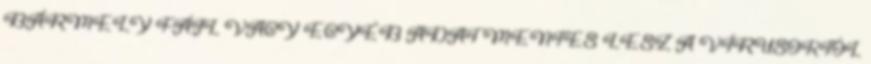
BÁRMELY FÁJL VAGY EGYÉB ADAT MENTES LESZ A VÍRUSOKTÓL